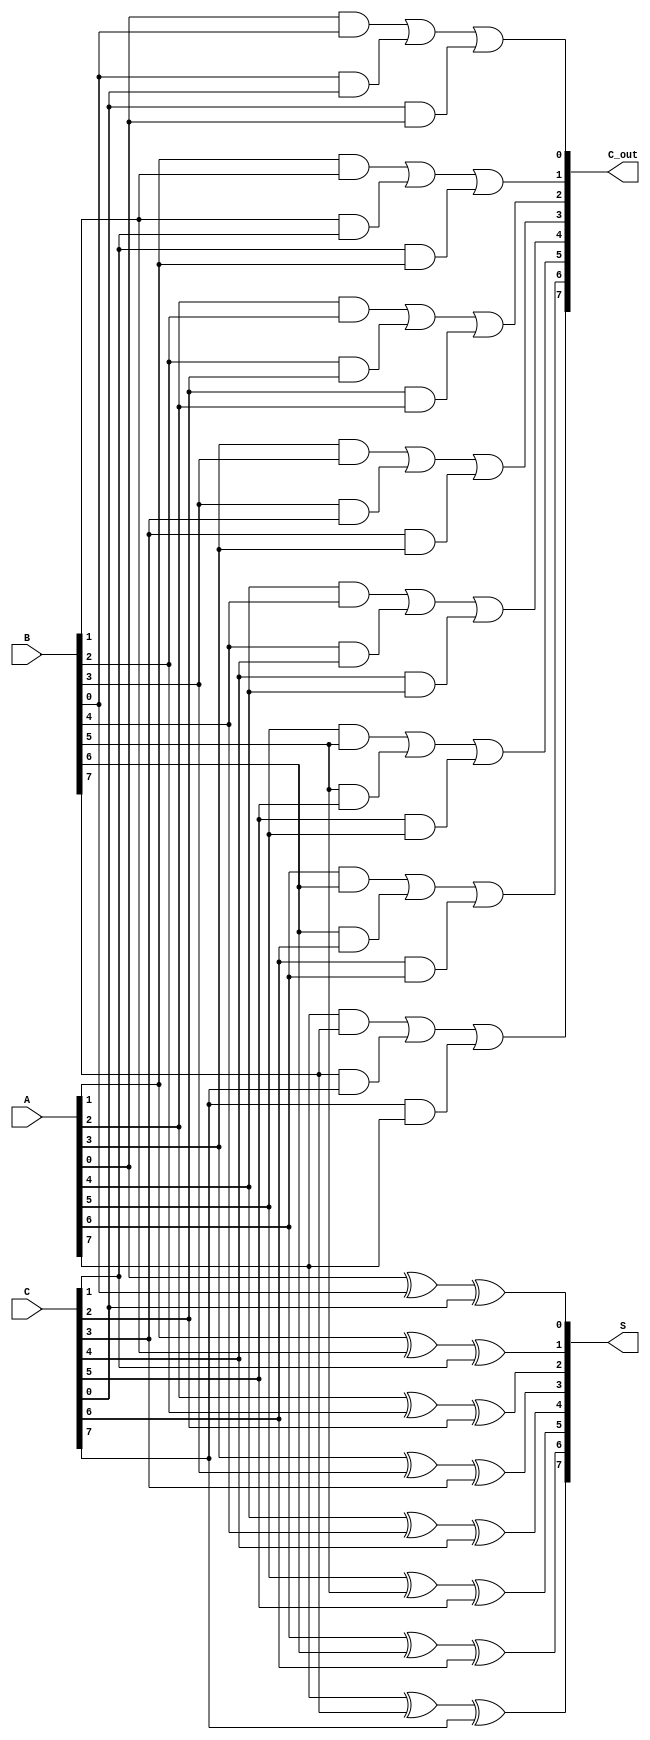
module carry_save_adder #(
    parameter n = 8  // Width of the inputs and outputs
) (
    input  [n-1:0] A,   // Input A
    input  [n-1:0] B,   // Input B
    input  [n-1:0] C,   // Input C
    output [n-1:0] S,   // Sum output
    output [n-1:0] C_out // Carry output
);

    // Generate the sum and carry outputs for each bit position
    genvar i;
    generate
        for (i = 0; i < n; i = i + 1) begin : csa_bit
            // Sum calculation using XOR for the three inputs
            assign S[i] = A[i] ^ B[i] ^ C[i];

            // Carry calculation using AND and OR for the three inputs
            assign C_out[i] = (A[i] & B[i]) | (B[i] & C[i]) | (C[i] & A[i]);
        end
    endgenerate

endmodule